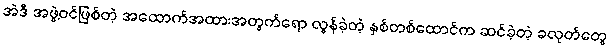
အဲဒီ အဖွဲ့ဝင်ဖြစ်တဲ့ အထောက်အထားအတွက်ရော လွန်ခဲ့တဲ့ နှစ်တစ်ထောင်က ဆင်ခဲ့တဲ့ ခလုတ်တွေ